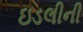
ઇડલીની